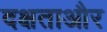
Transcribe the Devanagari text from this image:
दक्षताऔर